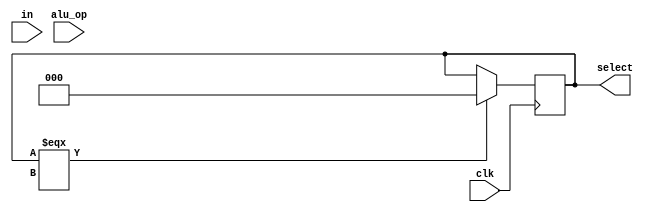
module ALU_CTRL(clk,in, alu_op, select);
input clk;
input [5:0]in;
input [2:0] alu_op;
output [2:0] select;
reg [2:0] select;


always @(posedge clk)
begin
 if(alu_op==0)
 begin
case(in)

6'h20: begin
 	select <= 3'd0;
       end
6'h22: begin
 	select <= 3'd1;
       end
6'h24: begin
 	select <= 3'd2;
       end
6'h25: begin
 	select <= 3'd3;
       end
6'h0: begin
 	select <= 3'd4;
       end
6'h2: begin
 	select <= 3'd5;
       end
6'h2A: begin
 	select <= 3'd6;
       end
endcase
end
else begin
case(alu_op)
3'd0:  begin
select <= 3'd0;
       end
3'd1:  begin
select <= 3'd0;
       end
3'd2: begin
select <= 3'd2;
       end
3'd3: begin
select <= 3'd3;
       end

endcase

 end
 if(select ===3'bXXX)
    select =3'b000;
end
// else
// select <= alu_op;
// end

endmodule


//
//
// module test2();
// reg [5:0] in;
// reg [2:0] alu_op;
// reg clk;
// wire [2:0] sel;
//
//
// ALU_CTRL test(clk,in, alu_op, sel);
//
// initial begin
// 		clk=0;
// 		forever
// 		#5 clk = ~clk;
// 	end
// initial begin
// #0 alu_op <= 3'd0;
// #0 in <= 6'h20;
// #5 in <= 6'h22;
// #10 in <= 6'h24;
// #15 in <= 6'h25;
// #20 in <= 6'h0;
// #25 in <= 6'h2;
// #30 in <= 6'h2A;
// #35 $finish;
// end
//
//
// initial
// 		$monitor("time: %t in: %h alu_op: %h  sel: %d",$time,in,alu_op,sel);
// endmodule